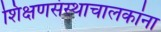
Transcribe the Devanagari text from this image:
शिक्षणसंस्थाचालकांना